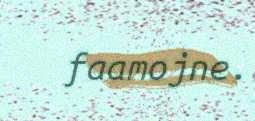
faamojne.